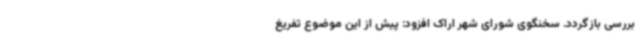
بررسی بازگردد. سخنگوی شورای شهر اراک افزود: پیش از این موضوع تفریغ